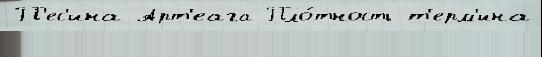
П'ес'ина Арт'еага Пло́тность т'ерм'ина